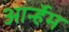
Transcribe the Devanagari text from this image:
आर्न्हेम